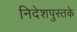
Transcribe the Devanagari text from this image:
निदेशपुस्तके